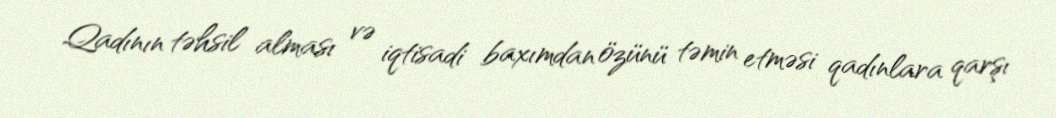
Qadının təhsil alması və iqtisadi baxımdan özünü təmin etməsi qadınlara qarşı